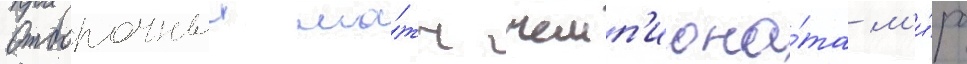
Отборочныи ма́тч чемп'иона́та м'и́ра